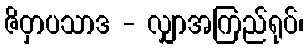
ဇိဝှာပသာဒ - လျှာအကြည်ရုပ်၊